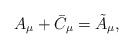
LaTeX: \begin{align*}A_{\mu} + \bar{C}_{\mu} = \tilde{A}_{\mu},\end{align*}